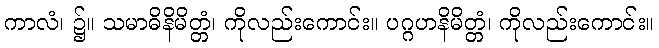
ကာလံ၊ ၌။ သမာဓိနိမိတ္တံ၊ ကိုလည်းကောင်း။ ပဂ္ဂဟနိမိတ္တံ၊ ကိုလည်းကောင်း။